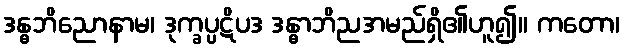
ဒန္ဓဘိညောနာမ၊ ဒုက္ခပ္ပဋိပဒ ဒန္ဓာဘိညအမည်ရှိ၏ဟူ၍။ ကတော၊